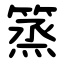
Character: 篜